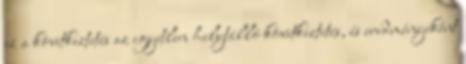
ez a következtetés az egyetlen helytálló következtetés, és eredményeként